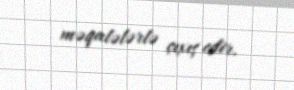
məqalələrlə çıxış edir.